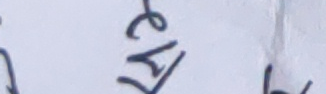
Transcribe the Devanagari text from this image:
खेल